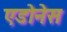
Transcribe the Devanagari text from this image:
एडोनेस